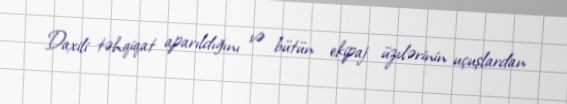
Daxili təhqiqat aparıldığını və bütün ekipaj üzvlərinin uçuşlardan